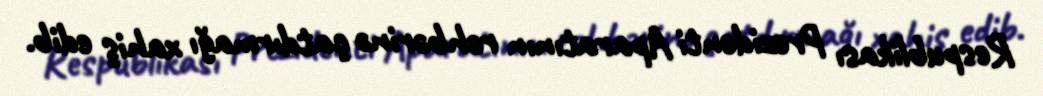
Respublikası Prezidenti Aparatının rəhbərinə çatdırmağı xahiş edib.